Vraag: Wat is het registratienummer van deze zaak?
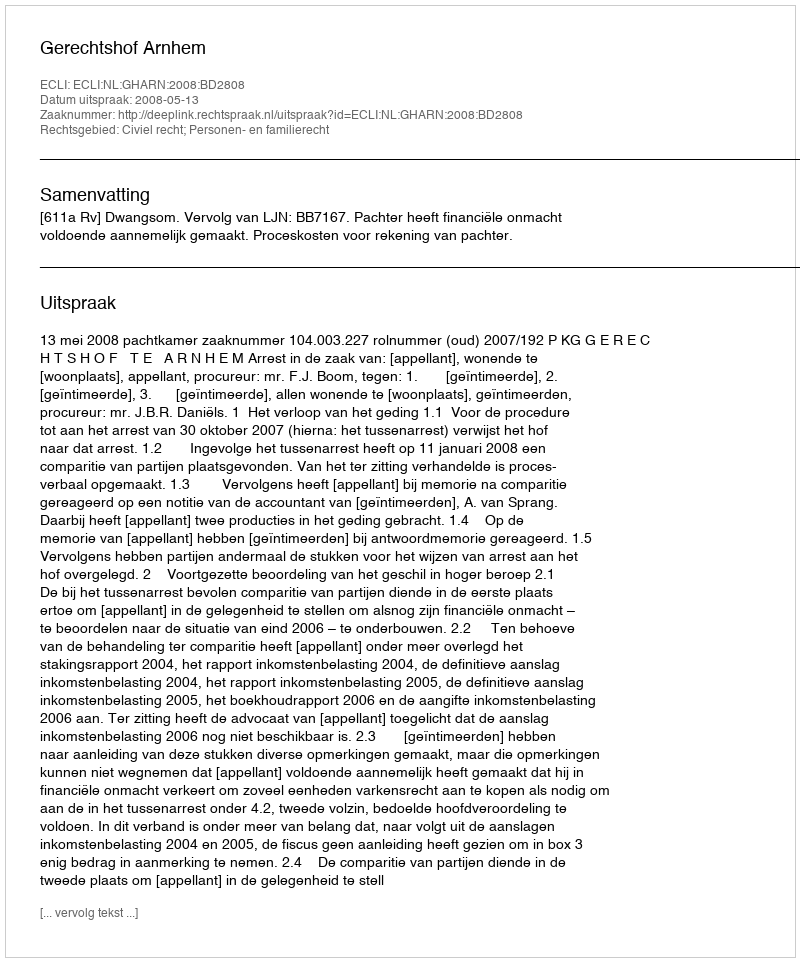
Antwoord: http://deeplink.rechtspraak.nl/uitspraak?id=ECLI:NL:GHARN:2008:BD2808